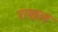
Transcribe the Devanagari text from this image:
राखल